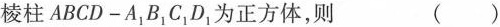
棱柱ABCD-A_{1}B_{1}C_{1}D_{1}为正方体，则 ()